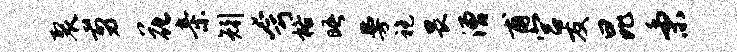
裂剪花亲矧夸格晤曼袍畏漕甫宫友昆秉